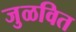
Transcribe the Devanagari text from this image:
जुळवित